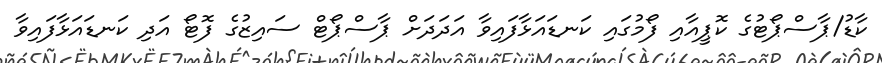
ކާޑު/ޕާސްޕޯޓުގެ ކޮޕީއާއި ފޯމުގައި ކަނޑައަޅާފައިވާ އަދަދަށް ޕާސްޕޯޓް ސައިޒުގެ ފޮޓޯ އަދި ކަނޑައަޅާފައިވާ